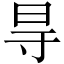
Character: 㝵